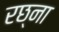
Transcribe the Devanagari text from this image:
रछ्ना